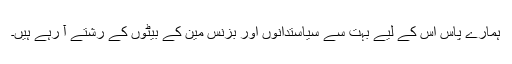
ہمارے پاس اس کے لیے بہت سے سیاستدانوں اور بزنس مین کے بیٹوں کے رشتے آ رہے ہیں۔